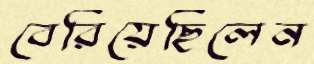
বেরিয়েছিলেন